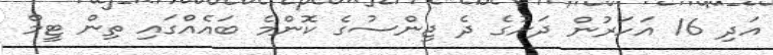
އަދި 16 އަހަރުން ދަށުގެ ދެ ޖިންސުގެ ކޮންމެ ބައެއްގައި ތިން ޓީމް